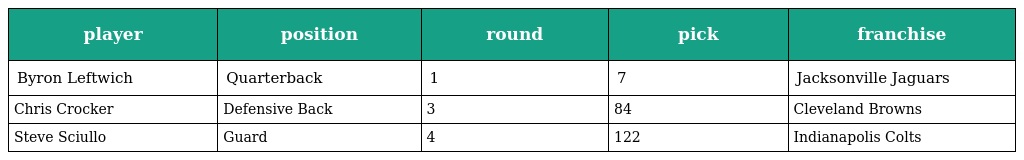
| player | position | round | pick | franchise |
 | --- | --- | --- | --- | --- |
 | Byron Leftwich | Quarterback | 1 | 7 | Jacksonville Jaguars |
 | Chris Crocker | Defensive Back | 3 | 84 | Cleveland Browns |
 | Steve Sciullo | Guard | 4 | 122 | Indianapolis Colts |